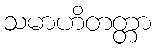
သမာဟိတတ္တာ